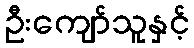
ဦးကျော်သူနှင့်